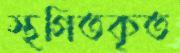
স্থগিতকৃত